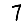
Digit: 7